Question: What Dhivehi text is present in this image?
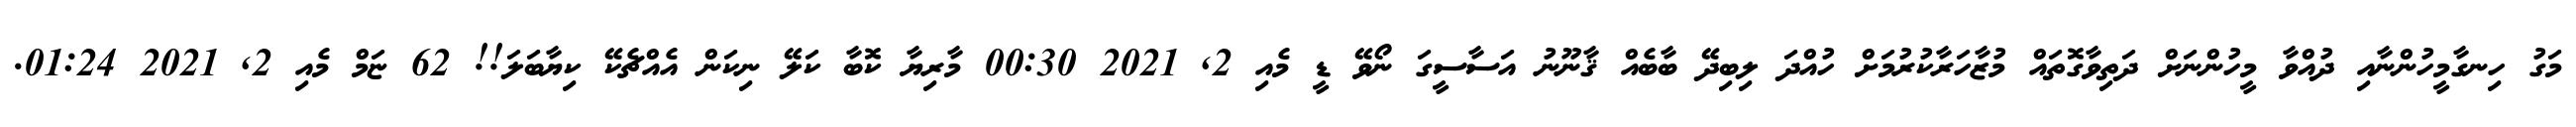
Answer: މަގު ހިނގާމީހުންނާއި ދުއްވާ މީހުންނަށް ދަތިވާގޮތައް މުޒާހަރާކުރުމަށް ހުއްދަ ލިބިދޭ ބާބެއް ޤާނޫނު އަސާސީގަ ނޯވޭ ޑީ މެއި 2, 2021 00:30 މާރިޔާ ކޮބާ ކަލޭ ނިކަން އެއްޗެކޭ ކިޔާބަލަ!! 62 ޏަމް މެއި 2, 2021 01:24.